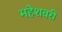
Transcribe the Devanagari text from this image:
महेशवरी